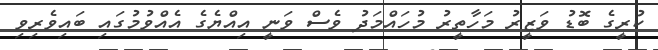
ކުރީގެ ބޮޑު ވަޒީރު މަހާތީރު މުހައްމަދު ވެސް ވަނީ އިއްޔެގެ އެއްވުމުގައި ބައިވެރިވި